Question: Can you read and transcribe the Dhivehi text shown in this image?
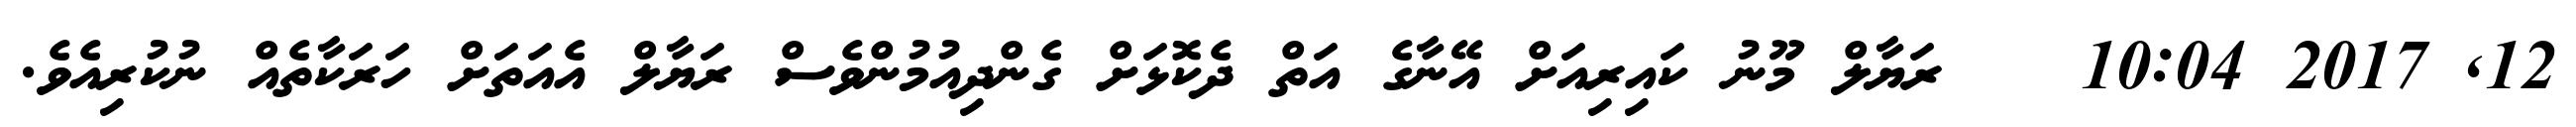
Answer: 12, 2017 10:04 ?? ރަޔާލް މޫނު ކައިރިއަށް އޭނާގެ އަތް ދެކޮޅަށް ގެންދިއުމުންވެސް ރަޔާލް އެއަތަށް ހަރަކާތެއް ނުކުރިއެވެ.